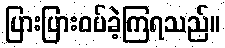
ပြားပြားဝပ်ခဲ့ကြရသည်။